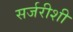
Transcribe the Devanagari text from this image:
सर्जरीशी